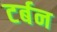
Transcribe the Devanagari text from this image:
टर्बन